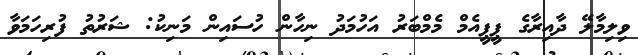
ވިލިމާލޭ ދާއިރާގެ ޕީޕީއެމް މެމްބަރު އަހުމަދު ނިހާން ހުސައިން މަނިކު: ޝަރުތު ފުރިހަމަވާ